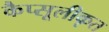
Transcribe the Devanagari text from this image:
कैप्सूलीकृत